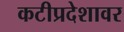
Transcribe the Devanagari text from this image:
कटीप्रदेशावर